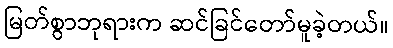
မြတ်စွာဘုရားက ဆင်ခြင်တော်မူခဲ့တယ်။